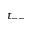
t _ { -- }